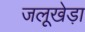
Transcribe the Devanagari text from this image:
जलूखेड़ा